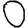
Digit: 0